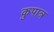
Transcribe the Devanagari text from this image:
कुपात्र